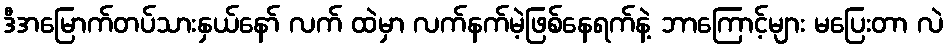
ဒီအမြောက်တပ်သားနှယ်နော် လက် ထဲမှာ လက်နက်မဲ့ဖြစ်နေရက်နဲ့ ဘာကြောင့်များ မပြေးတာ လဲ